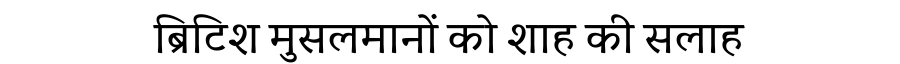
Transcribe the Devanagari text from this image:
ब्रिटिश मुसलमानों को शाह की सलाह